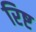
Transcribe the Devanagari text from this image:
रिष्ट